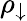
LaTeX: \rho_{\downarrow}